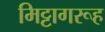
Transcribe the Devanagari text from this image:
मिट्टागरूह